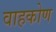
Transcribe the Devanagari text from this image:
वाहकोण